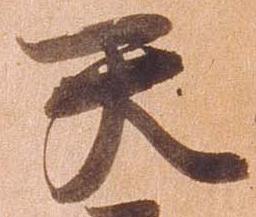
天